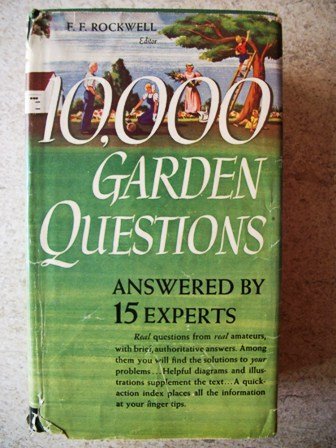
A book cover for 10,000 Garden Questions Answered By 15 Experts; F. F. (editor) Rockwell; Crafts, Hobbies & Home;